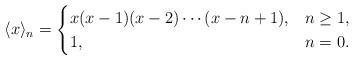
LaTeX: \begin{align*}\langle x\rangle_n=\begin{cases}x(x-1)(x-2)\dotsm(x-n+1), & n\ge1,\\1,& n=0.\end{cases}\end{align*}